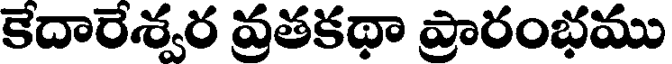
కేదారేశ్వర వ్రతకథా ప్రారంభము